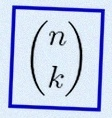
\binom{n}{k}